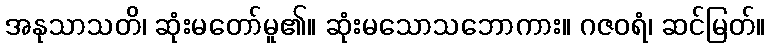
အနုသာသတိ၊ ဆုံးမတော်မူ၏။ ဆုံးမသောသဘောကား။ ဂဇဝရံ၊ ဆင်မြတ်။